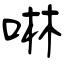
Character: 啉